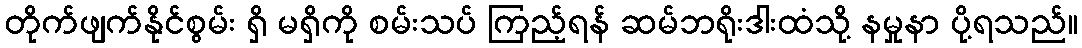
တိုက်ဖျက်နိုင်စွမ်း ရှိ မရှိကို စမ်းသပ် ကြည့်ရန် ဆမ်ဘရိုးဒါးထံသို့ နမှုနာ ပို့ရသည်။